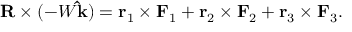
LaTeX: \mathbf { R } \times ( - W \mathbf { \hat { k } } ) = \mathbf { r } _ { 1 } \times \mathbf { F } _ { 1 } + \mathbf { r } _ { 2 } \times \mathbf { F } _ { 2 } + \mathbf { r } _ { 3 } \times \mathbf { F } _ { 3 } .